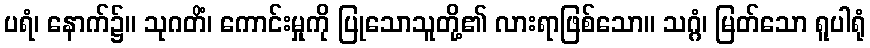
ပရံ၊ နောက်၌။ သုဂတိံ၊ ကောင်းမှုကို ပြုသောသူတို့၏ လားရာဖြစ်သော။ သဂ္ဂံ၊ မြတ်သော ရူပါရုံ